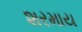
શરમાય